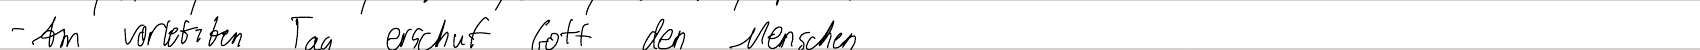
- Am vorletzten Tag erschuf Gott den Menschen